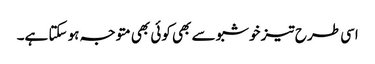
اسی طرح تیز خوشبو سے بھی کوئی بھی متوجہ ہو سکتا ہے۔